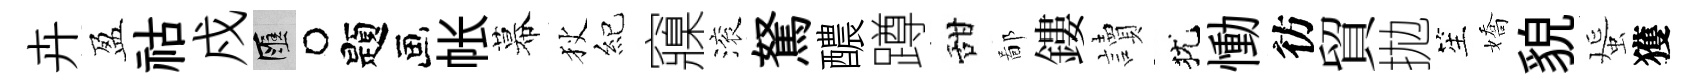
卉盈祜戍匯题帐幕狄紀䆿滚駑醲蹲甜鄙鏤讀犹慟彷貿拋笙嬌貌蜑獲